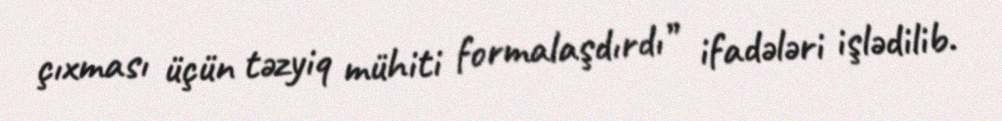
çıxması üçün təzyiq mühiti formalaşdırdı” ifadələri işlədilib.